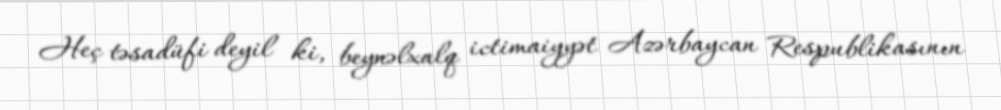
Heç təsadüfi deyil ki, beynəlxalq ictimaiyyət Azərbaycan Respublikasının